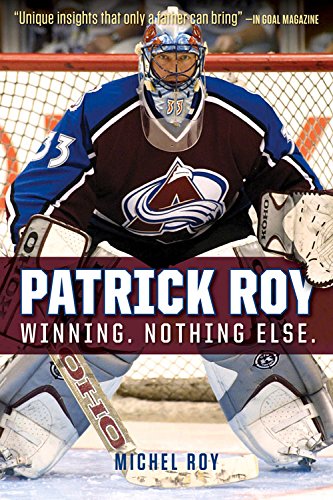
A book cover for Patrick Roy: Winning. Nothing Else.; Michel Roy; Biographies & Memoirs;